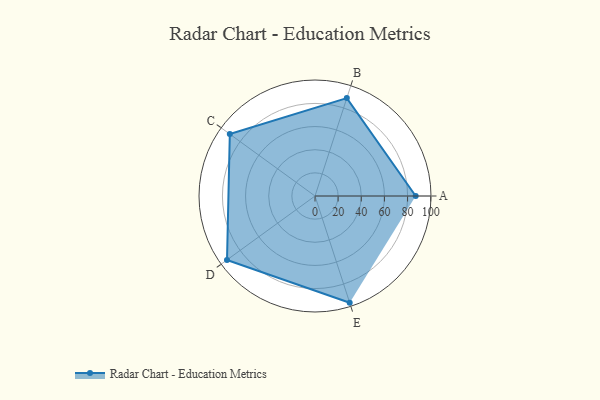
{"axis": {"x": "Skill", "y": "Score"}, "legend": ["Profile"], "data": [{"x": "A", "y": 87.0, "type": "Profile"}, {"x": "B", "y": 89.0, "type": "Profile"}, {"x": "C", "y": 91.0, "type": "Profile"}, {"x": "D", "y": 94.0, "type": "Profile"}, {"x": "E", "y": 97.0, "type": "Profile"}]}